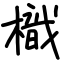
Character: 樴